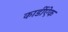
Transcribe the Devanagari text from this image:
कार्डीऐक